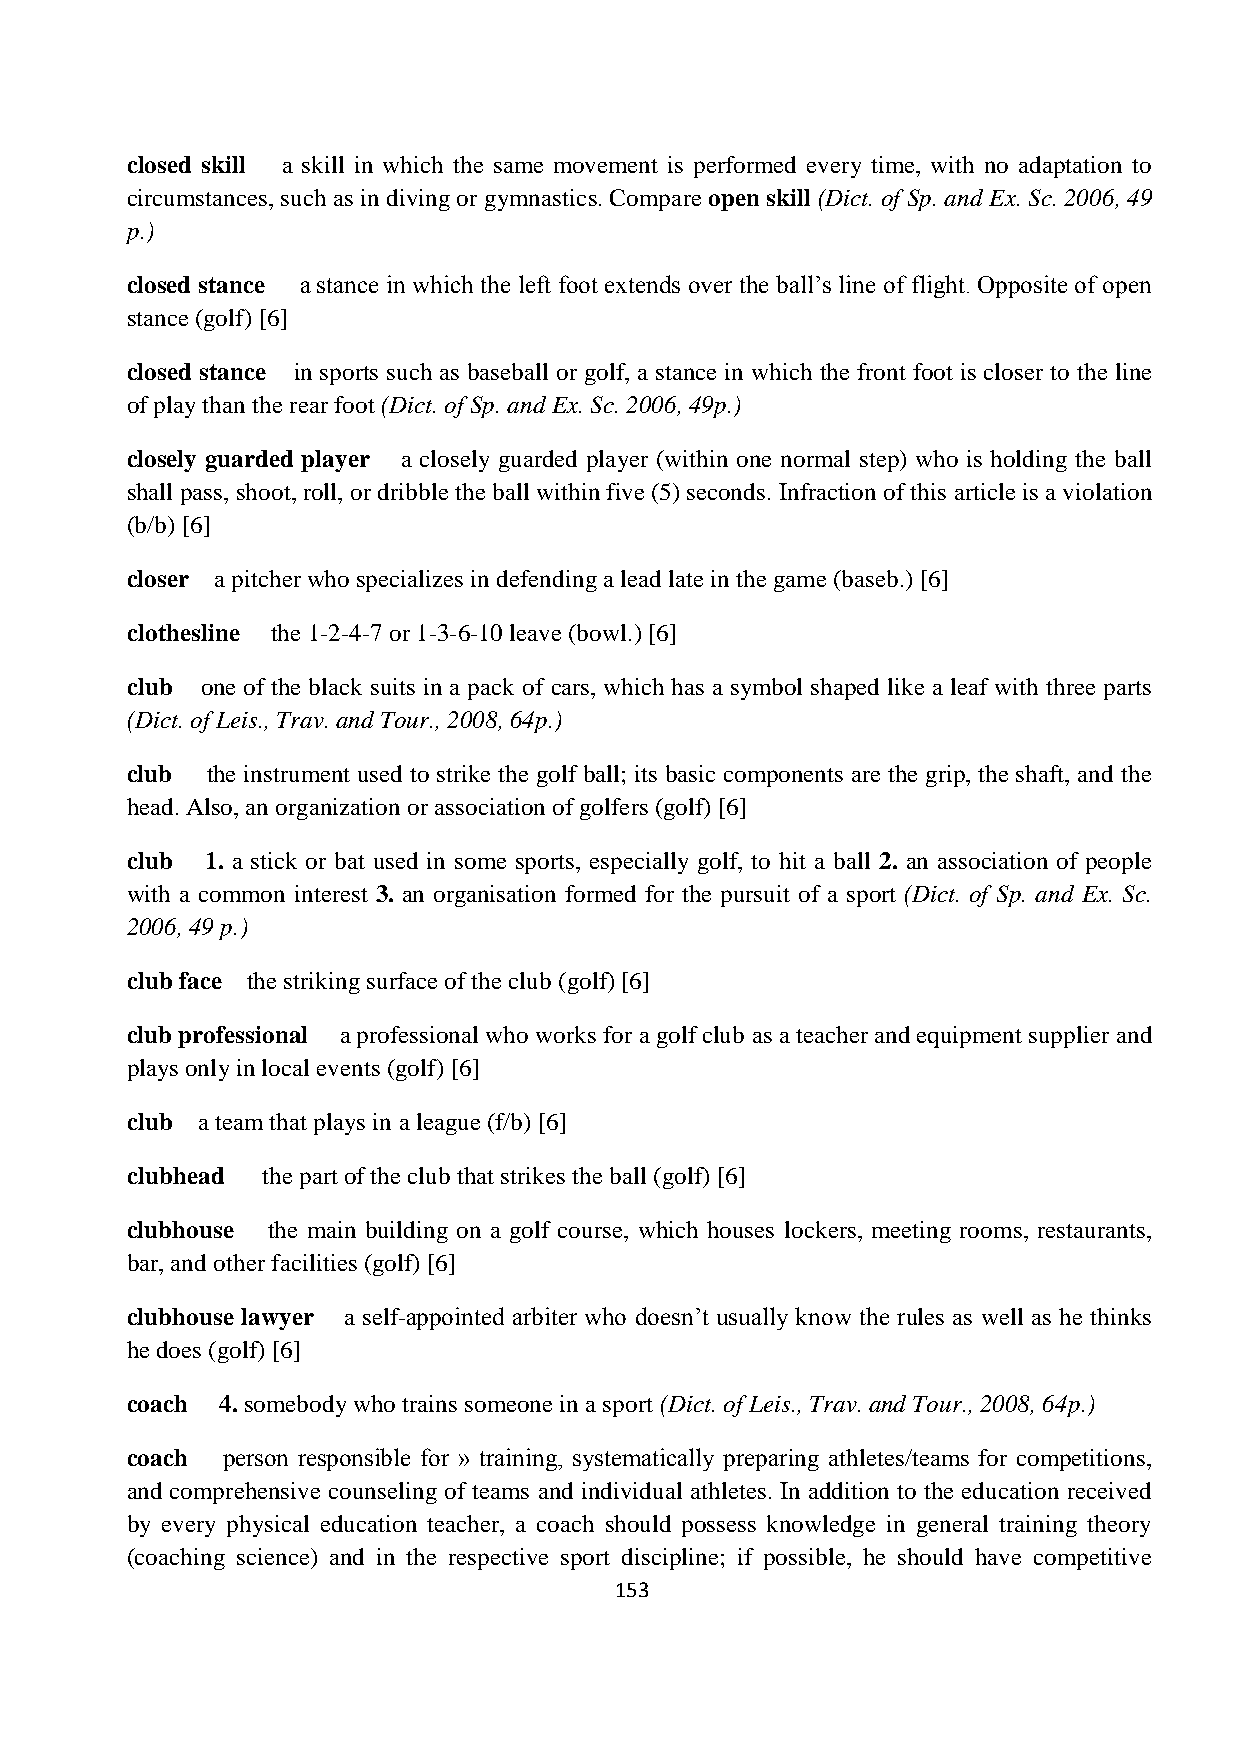
closed skill a skill in which the same movement is performed every time, with no adaptation to
 circumstances, such as in diving or gymnastics. Compare open skill (Dict. of Sp. and Ex. Sc. 2006, 49
 p.)
 closed stance a stance in which the left foot extends over the ball’s line of flight. Opposite of open
 stance (golf) [6]
 closed stance in sports such as baseball or golf, a stance in which the front foot is closer to the line
 of play than the rear foot (Dict. of Sp. and Ex. Sc. 2006, 49p.)
 closely guarded player a closely guarded player (within one normal step) who is holding the ball
 shall pass, shoot, roll, or dribble the ball within five (5) seconds. Infraction of this article is a violation
 (b/b) [6]
 closer a pitcher who specializes in defending a lead late in the game (baseb.) [6]
 clothesline the 1-2-4-7 or 1-3-6-10 leave (bowl.) [6]
 club one of the black suits in a pack of cars, which has a symbol shaped like a leaf with three parts
 (Dict. of Leis., Trav. and Tour., 2008, 64p.)
 club  the instrument used to strike the golf ball; its basic components are the grip, the shaft, and the
 head. Also, an organization or association of golfers (golf) [6]
 club  1. a stick or bat used in some sports, especially golf, to hit a ball 2. an association of people
 with a common interest 3. an organisation formed for the pursuit of a sport (Dict. of Sp. and Ex. Sc.
 2006, 49 p.)
 club face the striking surface of the club (golf) [6]
 club professional a professional who works for a golf club as a teacher and equipment supplier and
 plays only in local events (golf) [6]
 club a team that plays in a league (f/b) [6]
 clubhead the part of the club that strikes the ball (golf) [6]
 clubhouse the main building on a golf course, which houses lockers, meeting rooms, restaurants,
 bar, and other facilities (golf) [6]
 clubhouse lawyer a self-appointed arbiter who doesn’t usually know the rules as well as he thinks
 he does (golf) [6]
 coach  4. somebody who trains someone in a sport (Dict. of Leis., Trav. and Tour., 2008, 64p.)
 coach  person responsible for » training, systematically preparing athletes/teams for competitions,
 and comprehensive counseling of teams and individual athletes. In addition to the education received
 by every physical education teacher, a coach should possess knowledge in general training theory
 (coaching science) and in the respective sport discipline; if possible, he should have competitive
 153